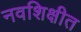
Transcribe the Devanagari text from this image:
नवशिक्षीत